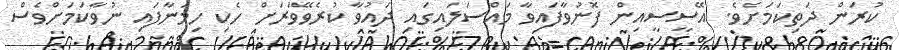
ކުރަން ދަތިކަމަށެވެ. އޭސީސީއިން ފޮނުވާފައިވާ މައްސަލައިގައި ދައުވާ ކުރެވޭވަރަށް ހެކި ހިމަނާފައި ނުވާކަމަށްވެސް